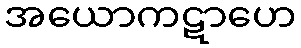
အယောကဋာဟေ